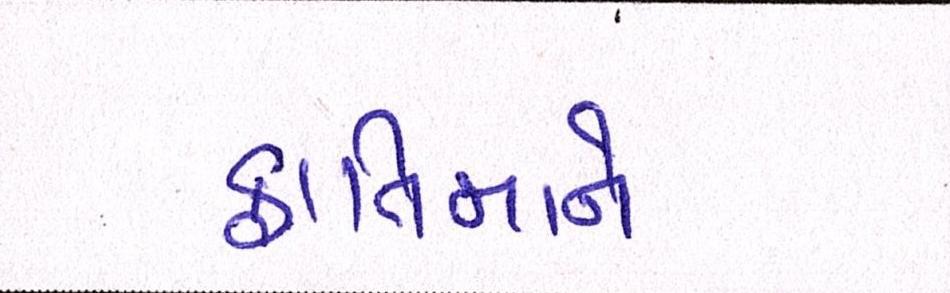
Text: ફાતિમાને